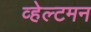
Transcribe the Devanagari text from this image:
व्हेल्टमन